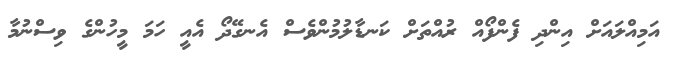
އަމިއްލައަށް އިންދި ފެންފޯއް ރުއްތަށް ކަނޑާލުމުންވެސް އެނގޭދޯ އެއީ ހަމަ މީހުންގެ ވިސްނުމާ